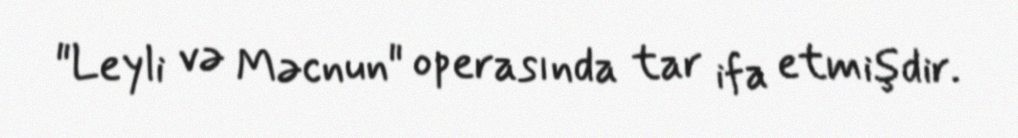
"Leyli və Məcnun" operasında tar ifa etmişdir.